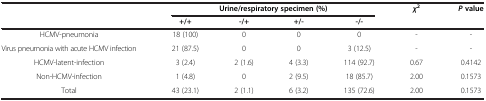
<table><thead><tr><td rowspan="2"><b> </b></td><td colspan="4"><b>Urine/respiratory specimen (%)</b></td><td rowspan="2"><b><i>χ</i><sup>2</sup></b></td><td><b><i>P </i>value</b></td></tr><tr><td><b>+/+</b></td><td><b>-/+</b></td><td><b>+/-</b></td><td><b>-/-</b></td><td><b> </b></td></tr></thead><tbody><tr><td>HCMV-pneumonia</td><td>18 (100)</td><td>0</td><td>0</td><td>0</td><td>-</td><td>-</td></tr><tr><td>Virus pneumonia with acute HCMV infection</td><td>21 (87.5)</td><td>0</td><td>0</td><td>3 (12.5)</td><td>-</td><td>-</td></tr><tr><td>HCMV-latent-infection</td><td>3 (2.4)</td><td>2 (1.6)</td><td>4 (3.3)</td><td>114 (92.7)</td><td>0.67</td><td>0.4142</td></tr><tr><td>Non-HCMV-infection</td><td>1 (4.8)</td><td>0</td><td>2 (9.5)</td><td>18 (85.7)</td><td>2.00</td><td>0.1573</td></tr><tr><td>Total</td><td>43 (23.1)</td><td>2 (1.1)</td><td>6 (3.2)</td><td>135 (72.6)</td><td>2.00</td><td>0.1573</td></tr></tbody></table>